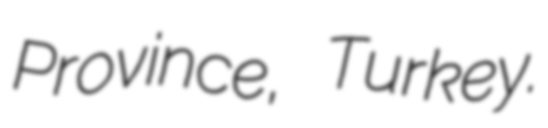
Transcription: Province, Turkey.